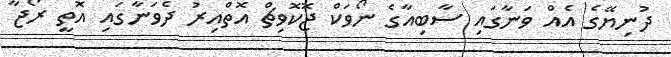
ދުނިޔޭގެ އެއް ވަނާގައި ސާބިއާގެ ނޯވަކް ޖޮކޮވިޗް އޮތްއިރު ދެވަނާގައި އޮތީ ރޯޖާ